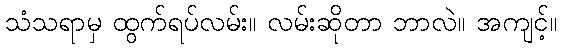
သံသရာမှ ထွက်ရပ်လမ်း။ လမ်းဆိုတာ ဘာလဲ။ အကျင့်။